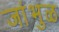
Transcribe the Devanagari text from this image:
जांभुळ